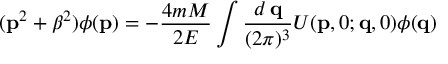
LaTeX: ( { \bf p } ^ { 2 } + \beta ^ { 2 } ) \phi ( { \bf p } ) = - \frac { 4 m M } { 2 E } \int \frac { d \, { \bf q } } { ( 2 \pi ) ^ { 3 } } U ( { \bf p } , 0 ; { \bf q } , 0 ) \phi ( { \bf q } )